Report of the Indian Hemp Drugs Commission, 1894-1895 - Volume VI
Year: 1894
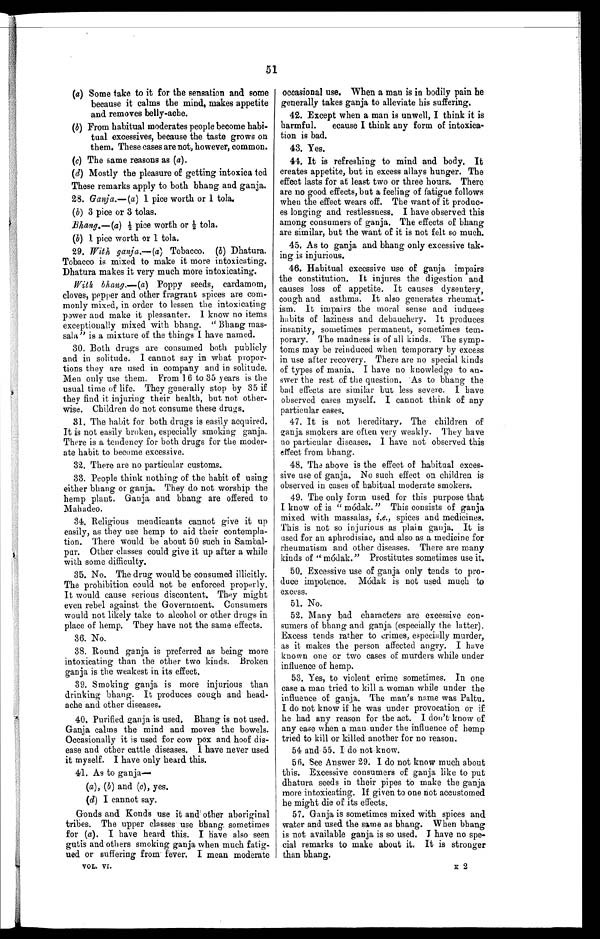
51
(a) Some take to it for the sensation and some
because it calms the mind, makes appetite
and removes belly-ache.
(b) From habitual moderates people become habi-
tual excessives, because the taste grows on
them. These cases are not, however, common.
(c) The same reasons as (a) .
(d) Mostly the pleasure of getting intoxica ted
These remarks apply to both bhang and ganja.
28. Ganja.—(a) 1 pice worth or 1 tola.
(b) 3 pice or 3 tolas.
Bhang.—(a) ½p i c e w o r t h o r ½
t o l a .
(b) 1 pice worth or 1 tola.
29. With ganja.—(a) Tobacco. (b) Dhatura.
Tobacco is mixed to make it more intoxicating.
Dhatura makes it very much more intoxicating.
With bhang.—(a) Poppy seeds, cardamom,
cloves, pepper and other fragrant spices are com-
monly mixed, in order to lessen the intoxicating
power and make it pleasanter. I know no items
exceptionally mixed with bhang. " Bhang rnas-
sala " is a mixture of the things I have named.
30. Both drugs are consumed both publicly
and in solitude. I cannot say in what propor-
tions they are used in company and in solitude.
Men only use them. From 16 to 35 years is the
usual time of life. They generally stop by 35 if
they find it injuring their health, but not other-
wise. Children do not consume these drugs.
31. The habit for both drugs is easily acquired.
It is not easily broken, especially smoking ganja.
There is a tendency for both drugs for the moder-
ate habit to become excessive.
32. There are no particular customs.
33. People think nothing of the habit of using
either bhang or ganja. They do not worship the
hemp plant. Ganja and bhang are offered to
Mahadeo.
34. Religious mendicants cannot give it up
easily, as they use hemp to aid their contempla-
tion. There would be about 50 such in Sambal-
pur. Other classes could give it up after a while
with some difficulty.
35. No. The drug would be consumed illicitly.
The prohibition could not be enforced properly.
It would cause serious discontent. They might
even rebel against the Government. Consumers
would not likely take to alcohol or other drugs in
place of hemp. They have not the same effects.
36. No.
38. Round ganja is preferred as being more
intoxicating than the other two kinds. Broken
ganja is the weakest in its effect.
39. Smoking ganja is more injurious than
drinking bhang. It produces cough and head-
ache and other diseases.
40. Purified ganja is used. Bhang is not used.
Ganja calms the mind and moves the bowels.
Occasionally it is used for cow pox and hoof dis-
ease and other cattle diseases. I have never used
it myself. I have only heard this.
41. As to ganja
—
(a), (b) and (c) , yes.
(d) I cannot say.
Gonds and Konds use it and other aboriginal
tribes. The upper classes use bhang. sometimes
for (a) . I have heard this. I have also seen
gutis and others smoking ganja when much fatig-
ued or suffering from fever. I mean moderate
VOL. VI.
occasional use. When a man is in bodily pain he
generally takes ganja to alleviate his suffering.
42. Except when a man is unwell, I think it is
harmful. ecause I think any form of intoxica-
tion is bad.
43. Yes.
44. It is refreshing to mind and body. It
creates appetite, but in excess allays hunger. The
effect lasts for at least two or three hours. There
are no good effects, but a feeling of fatigue follows
when the effect wears off. The want of it produc-
es longing and restlessness. I have observed this
among consumers of ganja. The effects of bhang
are similar, but the want of it is not felt so much.
45. As to ganja and bhang only excessive tak-
ing is injurious.
46. Habitual excessive use of ganja impairs
the constitution. It injures the digestion and
causes loss of appetite. It causes dysentery,
cough and asthma. It also generates rheumat-
ism. It impairs the moral sense and induces
habits of laziness and debauchery. It produces
insanity, sometimes permanent, sometimes tem-
porary. The madness is of all kinds. The symp-
toms may be reinduced when temporary by excess
in use after recovery. There are no special kinds
of types of mania. I have no knowledge to an-
swer the rest of the question. As to bhang the
bad effects are similar but less severe. I have
observed cases myself. I cannot think of any
particular cases.
47. It is not hereditary, The children of
ganja smokers are often very weakly. They have
no particular diseases. I have not observed this
effect from bhang.
48. The above is the effect of habitual exces-
sive use of ganja. No such effect on children is
observed in cases of habitual moderate smokers.
49. The only form used for this purpose that
I know of is " módak. " This consists of ganja
mixed with massalas, i.e., spices and medicines.
This is not so injurious as plain ganja. It is
used for an aphrodisiac, and also as a medicine for
rheumatism and other diseases. There are many
kinds of " módak. " Prostitutes sometimes use it.
50. Excessive use of ganja only tends to pro-
duce impotence. Módalt is not used much to
excess.
51. No.
52. Many bad characters are excessive con-
sumers of bhang and ganja (especially the latter).
Excess tends rather to crimes, especially murder,
as it makes the person affected angry. I have
known one or two cases of murders while under
influence of hemp.
53. Yes, to violent crime sometimes. In one
case a man tried to kill a woman while under the
influence of ganja. The man's name was Paltu.
I do not know if he was under provocation or if
he had any reason for the act. I don't know of
any case when a man under the influence of hemp
tried to kill or killed another for no reason.
54 and 55. I do not know.
56. See Answer 29. I do not know much about
this. Excessive consumers of ganja like to put
dhatura seeds in their pipes to make the ganja
more intoxicating. If given to one not accustomed
he might die of its effects.
57. Ganja is sometimes mixed with spices and
water and used the same as bhang. When bhang
is not available ganja is so used. I have no spe-
cial remarks to make about it. It is stronger
than bhang.
2